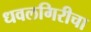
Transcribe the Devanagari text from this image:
धवलगिरीचा